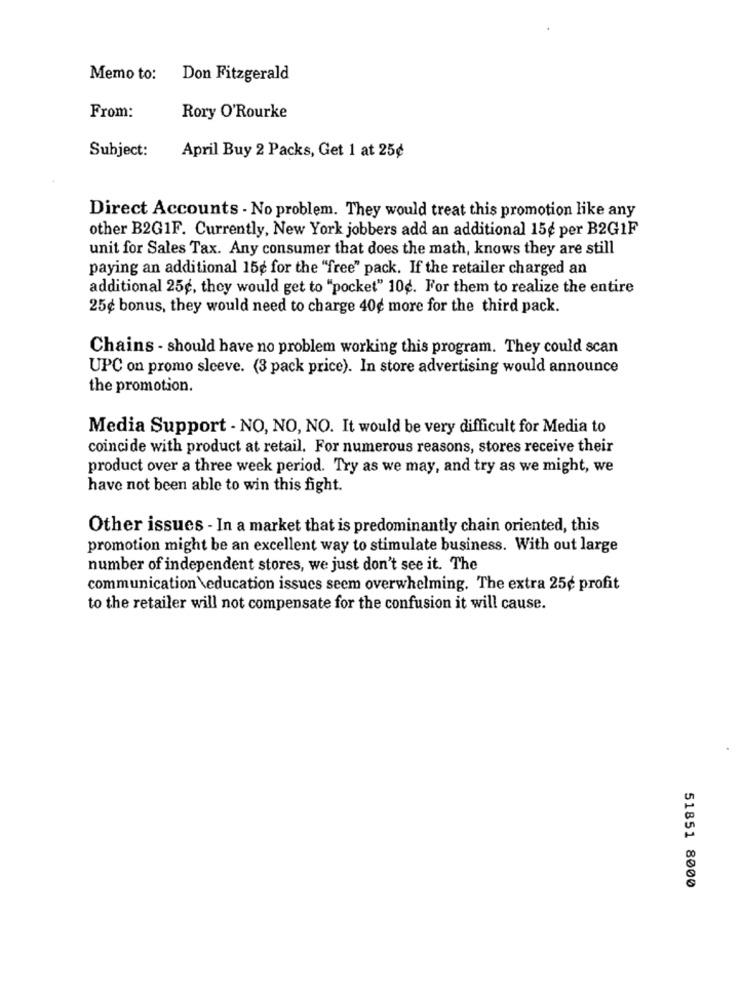
Memo to:
Don Fitzgerald
From:
Rory O'Rourke
Subject:
April Buy 2 Packs, Get 1 at 25¢
Direct Accounts - No problem. They would treat this promotion like any
other B2G1F. Currently, New York jobbers add an additional 15¢ per B2G1F
unit for Sales Tax. Any consumer that does the math, knows they are still
paying an additional 15g for the "free" pack. If the retailer charged an
additional 25g, they would get to "pocket" 10¢. For them to realize the entire
25¢ bonus, they would need to charge 40g more for the third pack.
Chains - should have no problem working this program. They could scan
UPC on promo sleeve. (3 pack price). In store advertising would announce
the promotion.
Media Support - NO, NO, NO. It would be very difficult for Media to
coincide with product at retail. For numerous reasons, stores receive their
product over a three week period. Try as we may, and try as we might, we
have not been able to win this fight.
Other issues - In a market that is predominantly chain oriented, this
promotion might be an excellent way to stimulate business. With out large
number of independent stores, we just don't see it. The
communication \education issues seem overwhelming. The extra 25¢ profit
to the retailer will not compensate for the confusion it will cause.
51851 8000